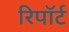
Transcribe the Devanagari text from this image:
रिपॉर्ट